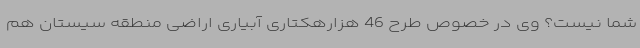
شما نیست؟ وی در خصوص طرح 46 هزارهکتاری آبیاری اراضی منطقه سیستان هم